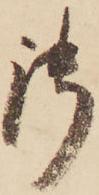
御